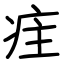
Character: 疰